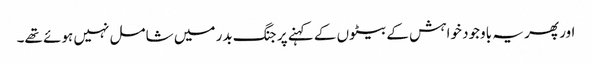
اور پھر یہ باوجود خواہش کے بیٹوں کے کہنے پر جنگ بدر میں شامل نہیں ہوئے تھے۔